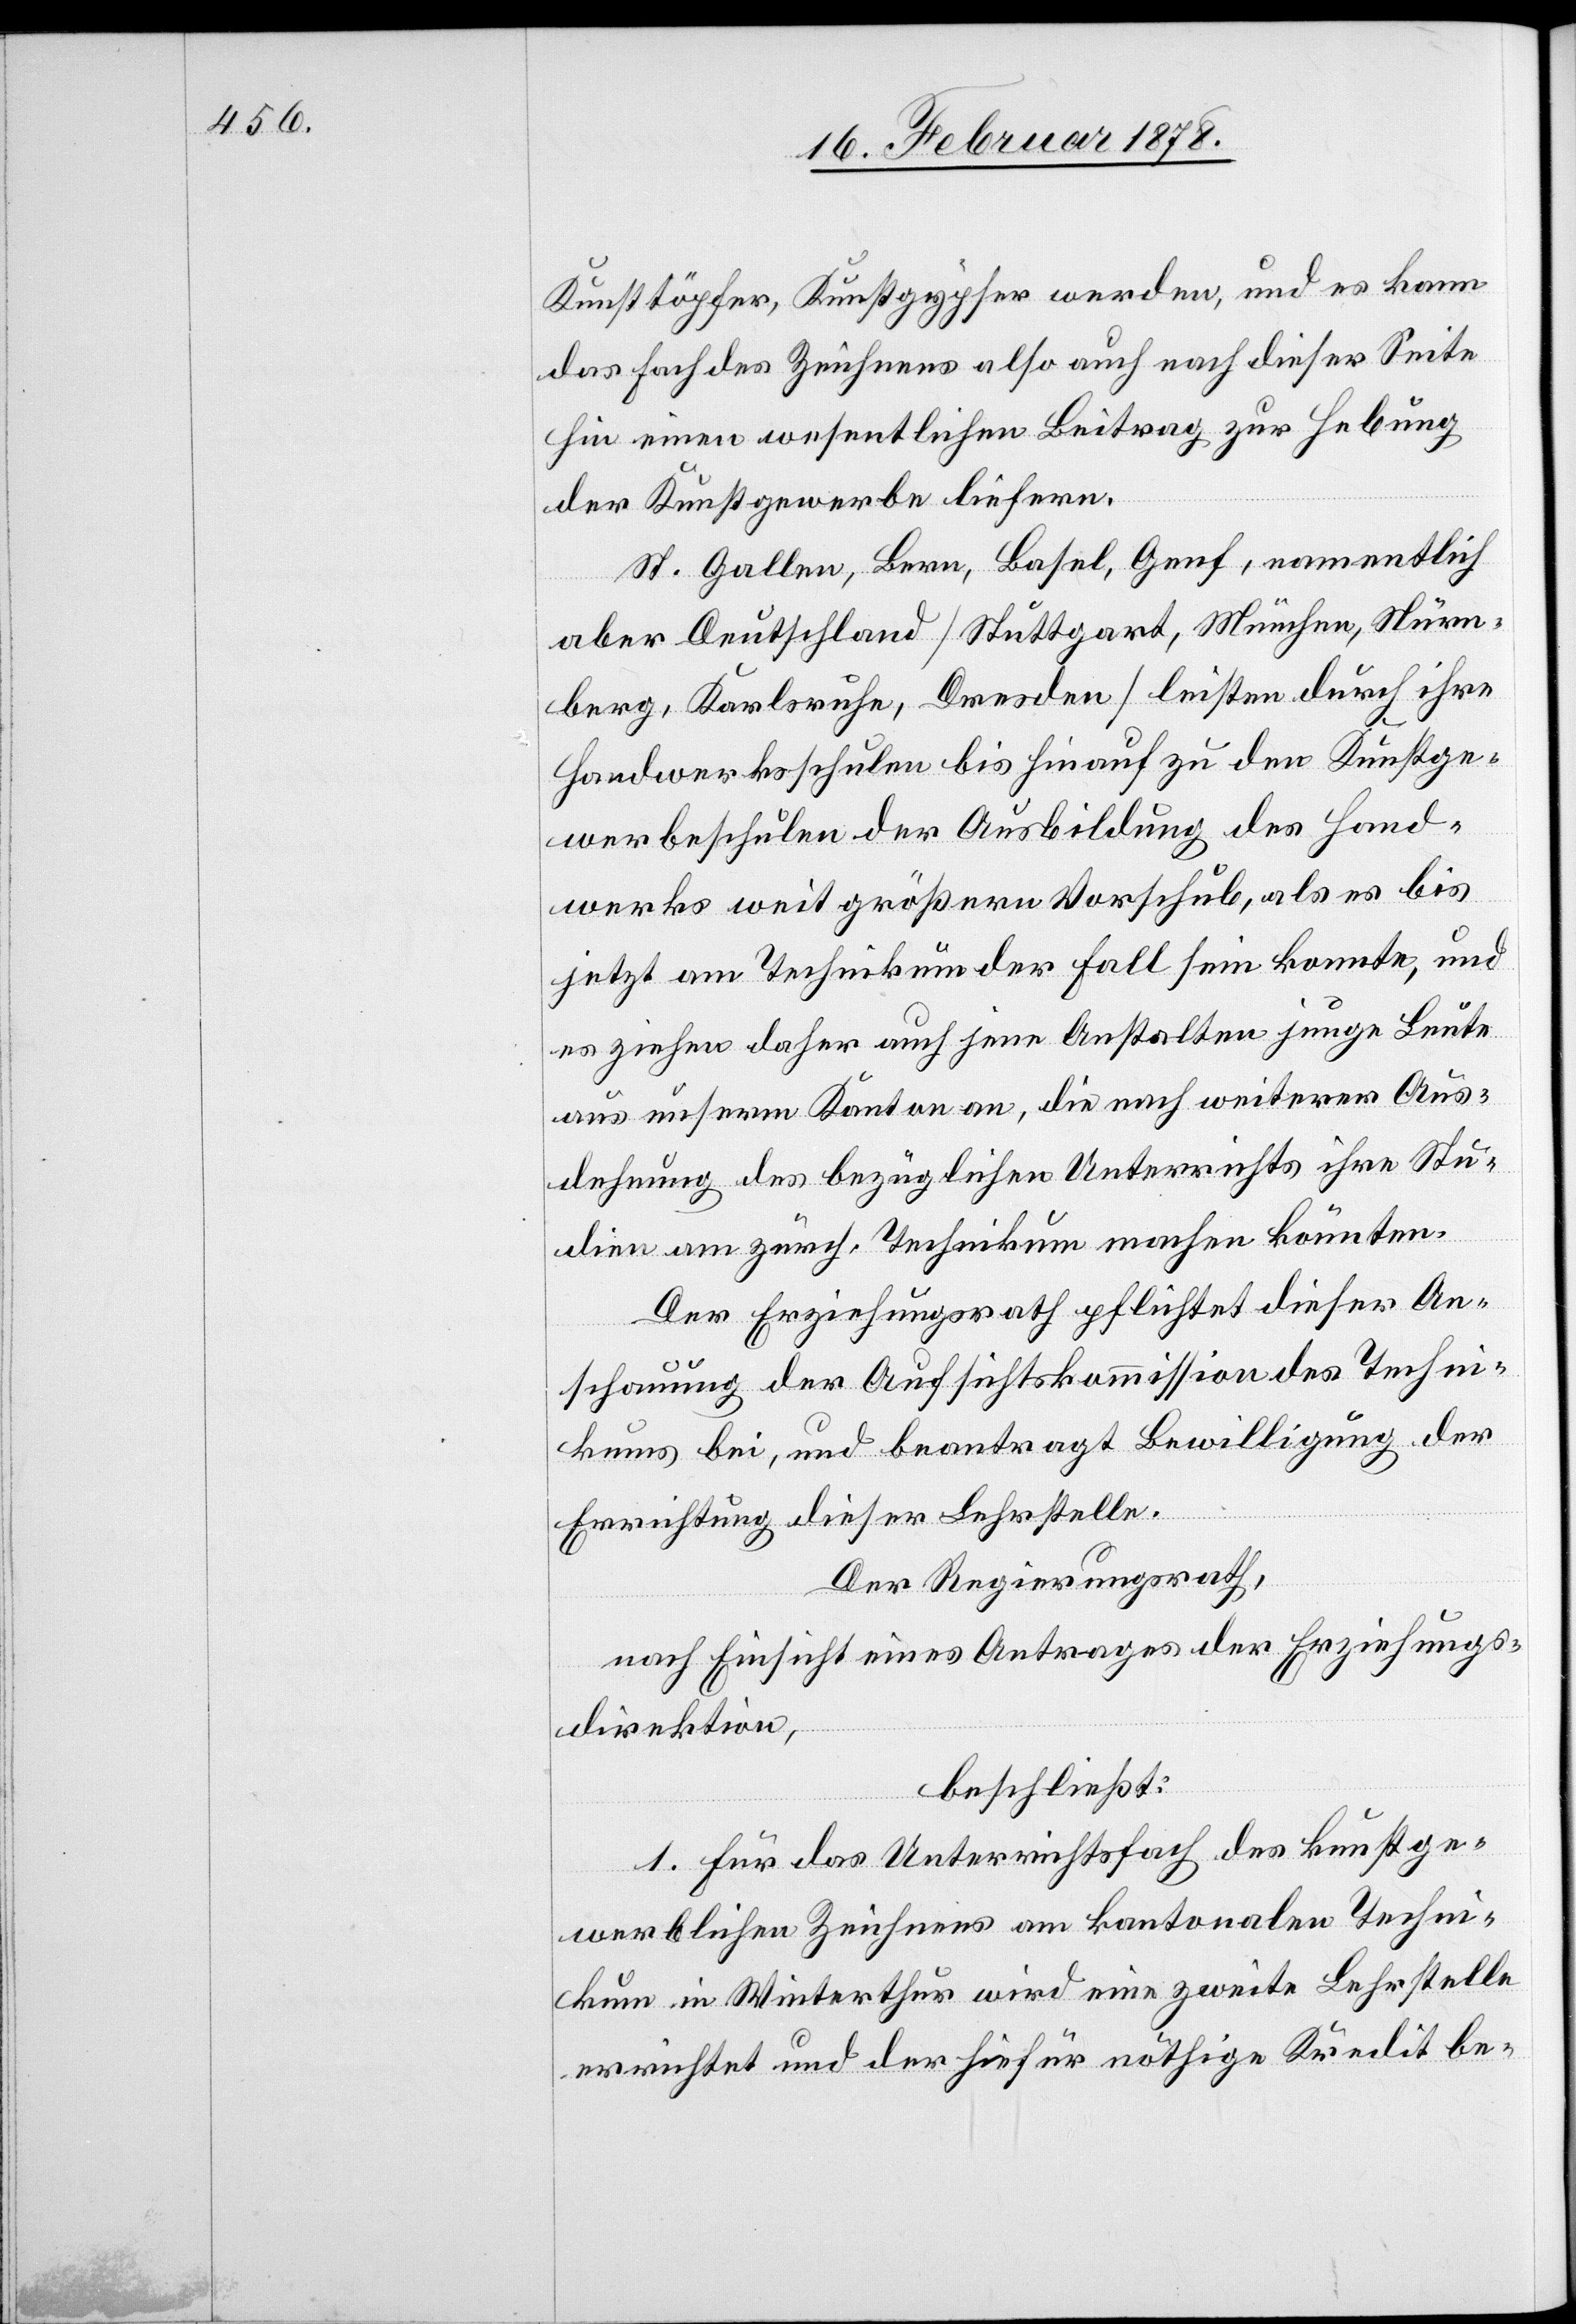
Kunsttöpfer, Kunstgypser werden, und es kann
das Fach des Zeichnens also auch nach dieser Seite
hin einen wesentlichen Beitrag zur Hebung
der Kunstgewerbe liefern.
St. Gallen, Bern, Basel, Genf, namentlich
aber Deutschland (Stuttgart, München, Nürn¬
berg, Karlsruhe, Dresden) leisten durch ihre
Handwerksschulen bis hinauf zu den Kunstge¬
werbeschulen der Ausbildung des Hand¬
werks weit größern Vorschub, als es bis
jetzt am Technikum der Fall sein konnte, und
es ziehen daher auch jene Anstalten junge Leute
aus unserm Kanton an, die nach weiterer Aus¬
dehnung des bezüglichen Unterrichts ihre Stu¬
dien am zürch. Technikum machen könnten.
Der Erziehungsrath pflichtet dieser An¬
schauung der Aufsichtskommission des Techni¬
kums bei, und beantragt Bewilligung der
Errichtung dieser Lehrstelle.
Der Regierungsrath,
nach Einsicht eines Antrages eines Antrages der Erziehungs¬
direktion,
beschließt:
1. Für das Unterrichtsfach des kunstge¬
werblichen Zeichnens am kantonalen Techni¬
kum in Winterthur wird eine zweite Lehrstelle
errichtet und der hiefür nöthige Kredit be-